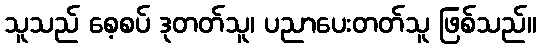
သူသည် စေ့စပ် ဒုတတ်သူ၊ ပညာပေးတတ်သူ ဖြစ်သည်။